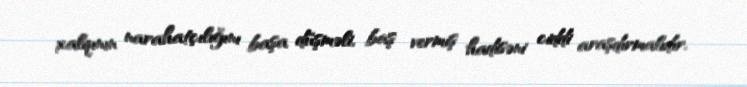
xalqının narahatçılığını başa düşməli, baş vermiş hadisəni ciddi araşdırmalıdır.